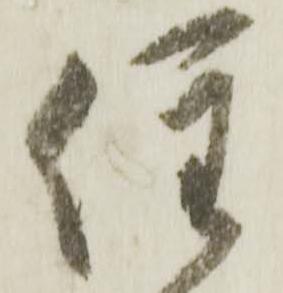
注